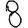
Digit: 8